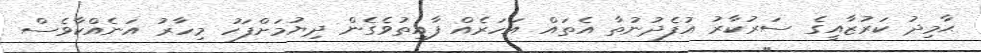
ޙާމިދު ކަރުޒާއީގެ ސަރުކާރު އުފެދުނުތާ އެތައް އަހަރެއް ފާއިތުވެގެން ދިޔުމަށްފަހު މިހާރު އަނެއްކާވެސް